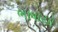
ભાષાયો